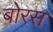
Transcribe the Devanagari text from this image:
बोरस